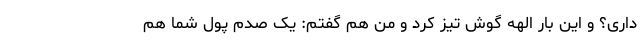
داری؟ و این بار الهه گوش تیز کرد و من هم گفتم: یک صدم پول شما هم